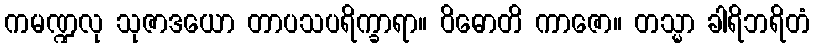
ကမဏ္ဍလု သုဇာဒယော တာပသပရိက္ခာရာ။ ဝိဓောတိ ကာဇော။ တသ္မာ ခါရိဘရိတံ